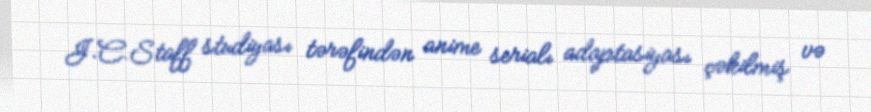
J.C.Staff studiyası tərəfindən anime serialı adaptasiyası çəkilmiş və